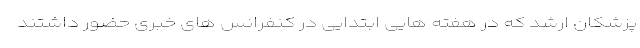
پزشکان ارشد که در هفته هایی ابتدایی در کنفرانس های خبری حضور داشتند